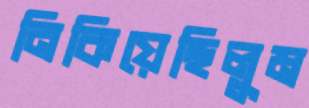
নিকিয়েছিলুম